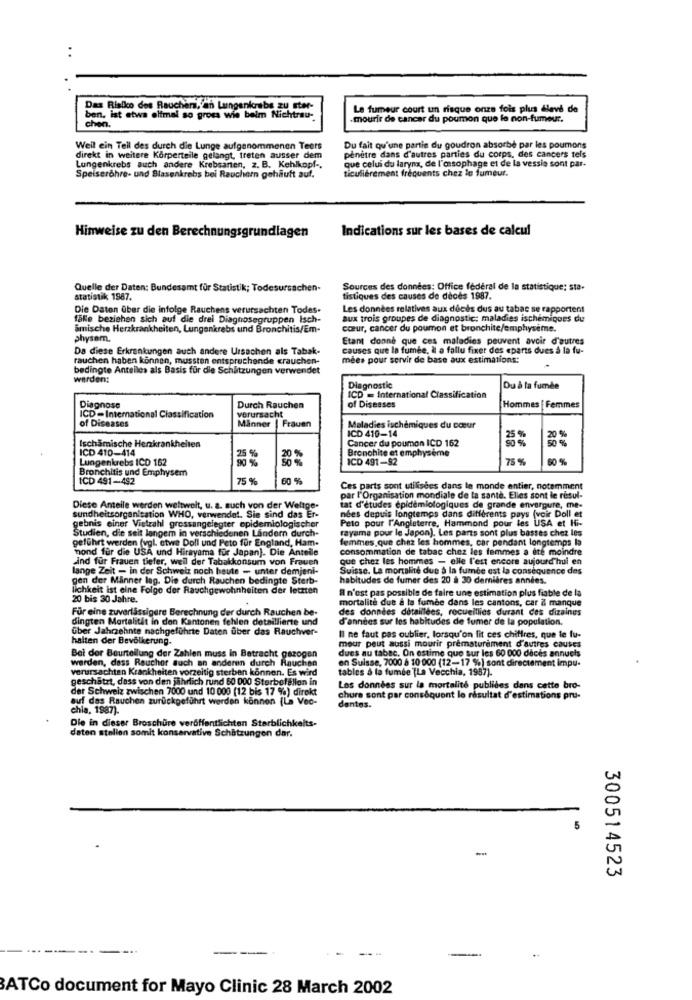
. .
Das Risiko des Raucher, an Lungenkrebs zu ster-
Le fumeur court un risque onze fois plus dlevs de
ben, ist etwa elfmal so gross wie belm Nichtrau-
chen.
.mourir de cancer du poumon que lo non-fumeur.
Weil ein Teil des durch die Lunge aufgenommenen Teets
penetre dans d'autres parties du corps, des cancers tels
Du fait qu'une partie du goudron absorbe par les poumons
direkt in weitere Körperteile gelangt, treten ausser dem
que celui du larynx, de l'oesophage et de la vessie sont par-
Lungenkrebs auch andere Krebsanten, z. B. Kehlkopf -.
ticulièrement frequents chez le fumeur.
Speiseröhre- und Blasenkrebs bei Rauchern gehäuft auf.
Hinweise zu den Berechnungsgrundlagen
Indications sur les bases de calcul
Quelle der Daten: Bundesamt für Statistik; Todesursachen-
Sources des données: Office fédéral de la statistique; sta-
statistik 1987.
tistiques des causes de deces 1987.
Die Daten über die infolge Rauchens verursachten Todes.
Les données relatives aux décès dus au tabac se rapportent
falle beziehen sich auf die drei Diagnosegruppen Isch-
aux trois groupes de diagnostic: maladies ischemiques du
åmische Herzkrankheiten, Lungenkrebs und Bronchitis/Em-
cœur, cancer du poumon et bronchite/emphysème.
physem.
Etant donne que ces maladies peuvent avoir d'autres
Da diese Erkrankungen auch andere Ursachen als Tabak-
causes que la fumée, à a fallu fixer des eparts dues à la fu-
rauchen haben können, mussten entsprechende crauchen-
mees pour servir de base aux estimations:
bedingte Anteiles als Basis für die Schätzungen verwendet
werden:
Diagnostic
Du à la fumée
ICD = International Classification
Diagnose
Durch Rauchen
of Diseases
Hommes [ Femmes
ICD -International Classification
of Diseases
verursacht
Minner | Frauen
Maladies ischèmiques du cœur
ICD 410-14
Cancer du poumon ICD 162
ICD 410-414
Ischamische Herzkrankheiten
Bronchite et emphysème
Lungenkrebs ICD 162
5 %
ICD 491-92
75 9
Bronchitis und Emphysem
ICD 491-492
75 %
60 %
Ces parts sont utilisées dans le monde entier, notamment
par l'Organisation mondiale de la santé. Elles sont le resul-
Diese Anteile werden weltweit, u. a. such von der Weltge-
tat d'études epidemiologiques de grande envergure, me-
sundheitsorganisation WHO, verwendet. Sie sind das Er-
nées depuis longtemps dans différents pays (voir Doll et
Peto pour l'Angleterre, Hammond pour les USA et Hi-
gebnis einer Vielzahl grossangelegter
gelegter epidemiologischer
rayame pour le Japon). Les parts sont plus basses chez les
Studien, die seit langem in verschiedenen Landern durch-
geführt werden (vgl. etwa Doll und Peto für England, Ham-
femmes que chez les hommes, car pendant longtemps la
hond für die USA und Hirayama für Japan). Die Anteile
consommation de tabac chez les femmes a ete moindre
ind für Frauen tiefer, weil der Tabakkonsum von Frauen
que chez les hommes - elle l'est encore aujourd'hui en
lange Zeit - in der Schweiz noch heute - unter demjeni-
Suisse. La mortalité due à la fumée est la conséquence des
gen der Männer lag. Die durch Rauchen bedingte Sterb-
habitudes de fumer des 20 à 30 dernières années.
lichkeit ist eine Folge der Rauchgewohnheiten der letzten
il n'est pas possible de faire une estimation plus fiable de la
20 bis 30 Jahre.
mortalite due à la fumée dans les cantons, car & manque
Für eine zuverlässigere Berechnung der durch Rauchen be-
des données détaillées, recueillies durant des dizaines
dingten Mortalität in den Kantonen fehlen detaillierte und
d'années sur les habitudes de fumer de la population.
Uber Jahrzehnte nachgeführte Daten uber das Rauchver-
halten der Bevölkerung-
Il ne faut pas oublier, lorsqu'on lit ces chiffres, que le fu-
mour peut aussi mourir prematurement d'autres causes
dues au tabac, On estime que sur les 60 000 décès annuels
Bei der Beurteilung der Zahlen muss in Betracht gezogen
werden, dass Raucher such an anderen durch Rauchen
en Suisse, 7000 6 10 000 (12-17 %) sont directement impu-
verursachten Krankheiten vorzeitig sterben konnen. Es wird
tables à la fumée (La Vecchia, 1987).
geschätzt, dass von den jährlich rund 50 000 Starbelglion in
der Schweiz zwischen 7000 und 10 000 (12 bis 17 %) direkt
Las données sur la mortalité publides dans cette bro-
auf das Rauchen zurückgeführt werden können (La Vec-
chure sont par conséquent le résultat d'estimations pru-
chia, 1987).
dentes.
Die in dieser Broschüre veröffentlichten Sterblichkeits-
daten stellen somit konservative Schätzungen dar.
5
300514523
---
BATCo document for Mayo Clinic 28 March 2002